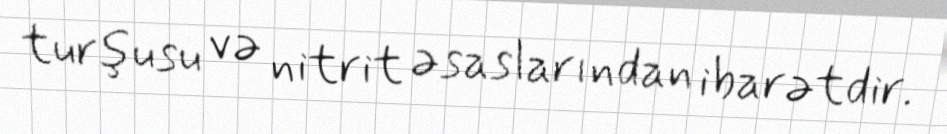
turşusu və nitrit əsaslarından ibarətdir.